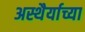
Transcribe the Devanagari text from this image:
अस्थैर्याच्या